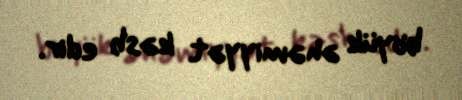
böyük əhəmiyyət kəsb edir.